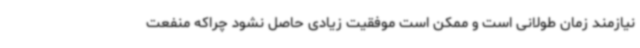
نیازمند زمان طولانی است و ممکن است موفقیت زیادی حاصل نشود چراکه منفعت